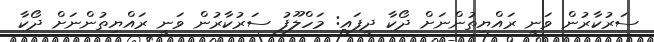
ސަރުކާރުން ވަނީ ރައްޔިތުންނަށް ދޯކާ ދީފައި: މަހްލޫފު ސަރުކާރުން ވަނީ ރައްޔިތުންނަށް ދޯކާ